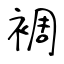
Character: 裯